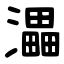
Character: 㵽